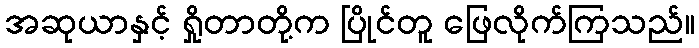
အဆုယာနှင့် ရှိုတာတို့က ပြိုင်တူ ဖြေလိုက်ကြသည်။